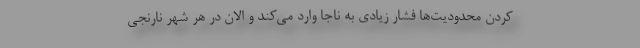
کردن محدودیت‌ها فشار زیادی به ناجا وارد می‌کند و الان در هر شهر نارنجی